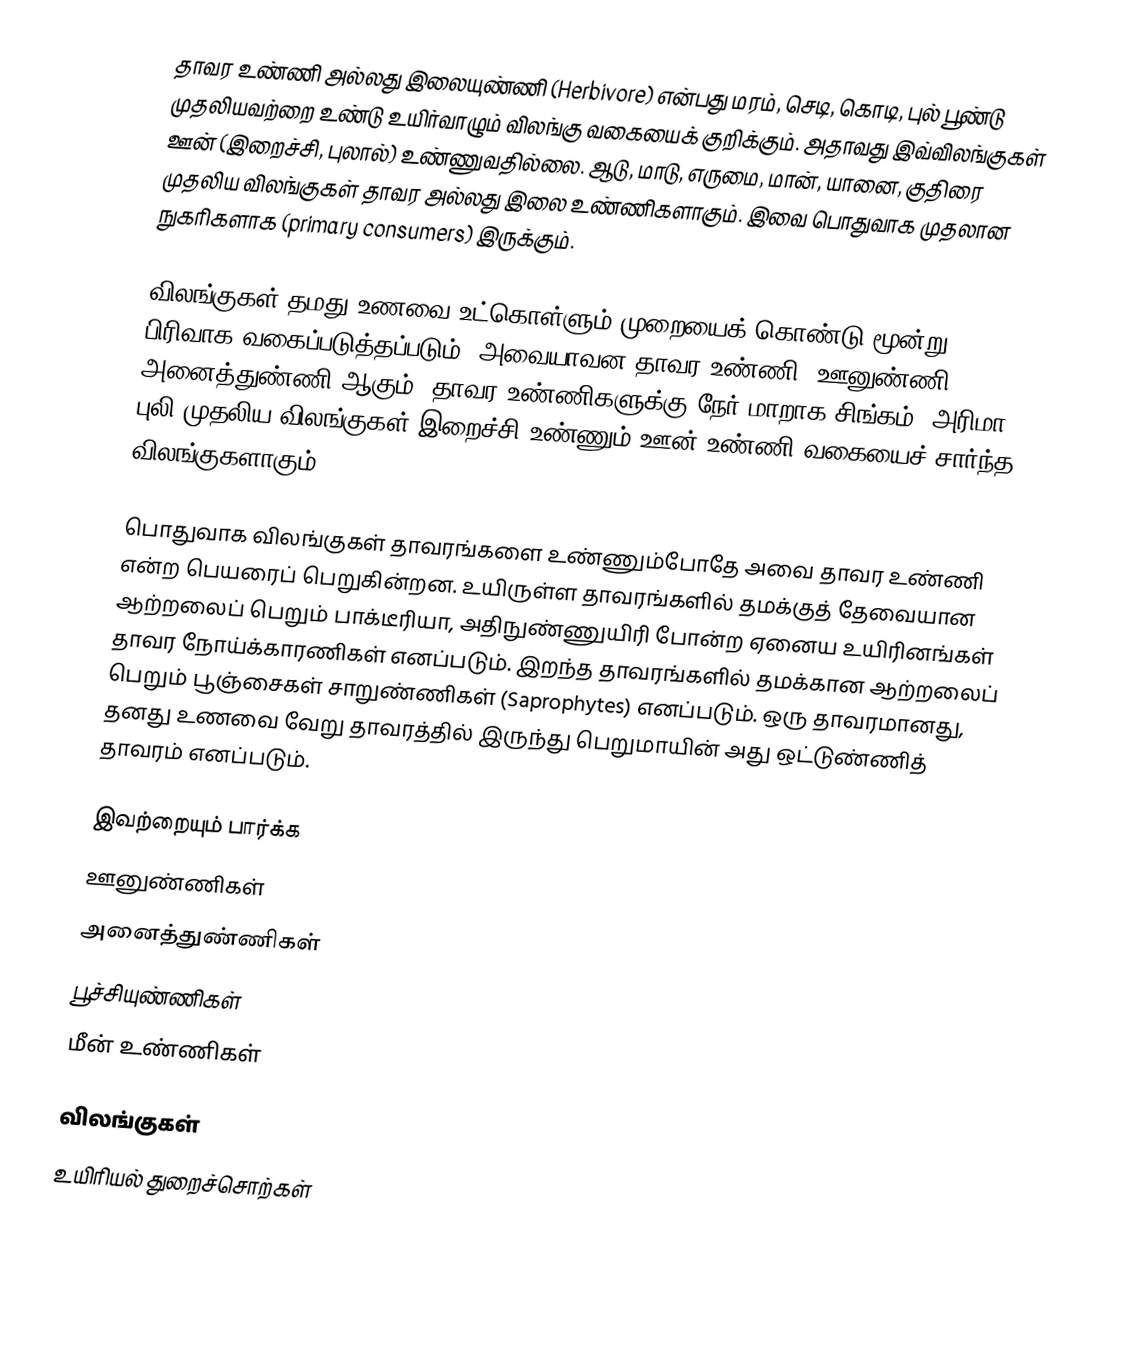
தாவர உண்ணி அல்லது இலையுண்ணி (Herbivore) என்பது மரம், செடி, கொடி, புல் பூண்டு முதலியவற்றை உண்டு உயிர்வாழும் விலங்கு வகையைக் குறிக்கும். அதாவது இவ்விலங்குகள் ஊன் (இறைச்சி, புலால்) உண்ணுவதில்லை. ஆடு, மாடு, எருமை, மான், யானை, குதிரை முதலிய விலங்குகள் தாவர அல்லது இலை உண்ணிகளாகும். இவை பொதுவாக முதலான நுகரிகளாக (primary consumers) இருக்கும்.

விலங்குகள் தமது உணவை உட்கொள்ளும் முறையைக் கொண்டு மூன்று பிரிவாக வகைப்படுத்தப்படும். அவையாவன தாவர உண்ணி, ஊனுண்ணி, அனைத்துண்ணி ஆகும். தாவர உண்ணிகளுக்கு நேர் மாறாக சிங்கம் (அரிமா), புலி முதலிய விலங்குகள் இறைச்சி உண்ணும் ஊன் உண்ணி வகையைச் சார்ந்த விலங்குகளாகும்.

பொதுவாக விலங்குகள் தாவரங்களை உண்ணும்போதே அவை தாவர உண்ணி என்ற பெயரைப் பெறுகின்றன. உயிருள்ள தாவரங்களில் தமக்குத் தேவையான ஆற்றலைப் பெறும் பாக்டீரியா, அதிநுண்ணுயிரி போன்ற ஏனைய உயிரினங்கள் தாவர நோய்க்காரணிகள் எனப்படும். இறந்த தாவரங்களில் தமக்கான ஆற்றலைப் பெறும் பூஞ்சைகள் சாறுண்ணிகள் (Saprophytes) எனப்படும். ஒரு தாவரமானது, தனது உணவை வேறு தாவரத்தில் இருந்து பெறுமாயின் அது ஒட்டுண்ணித் தாவரம் எனப்படும்.

இவற்றையும் பார்க்க
 ஊனுண்ணிகள்
 அனைத்துண்ணிகள்
 பூச்சியுண்ணிகள்
 மீன் உண்ணிகள்

விலங்குகள்
உயிரியல் துறைச்சொற்கள்